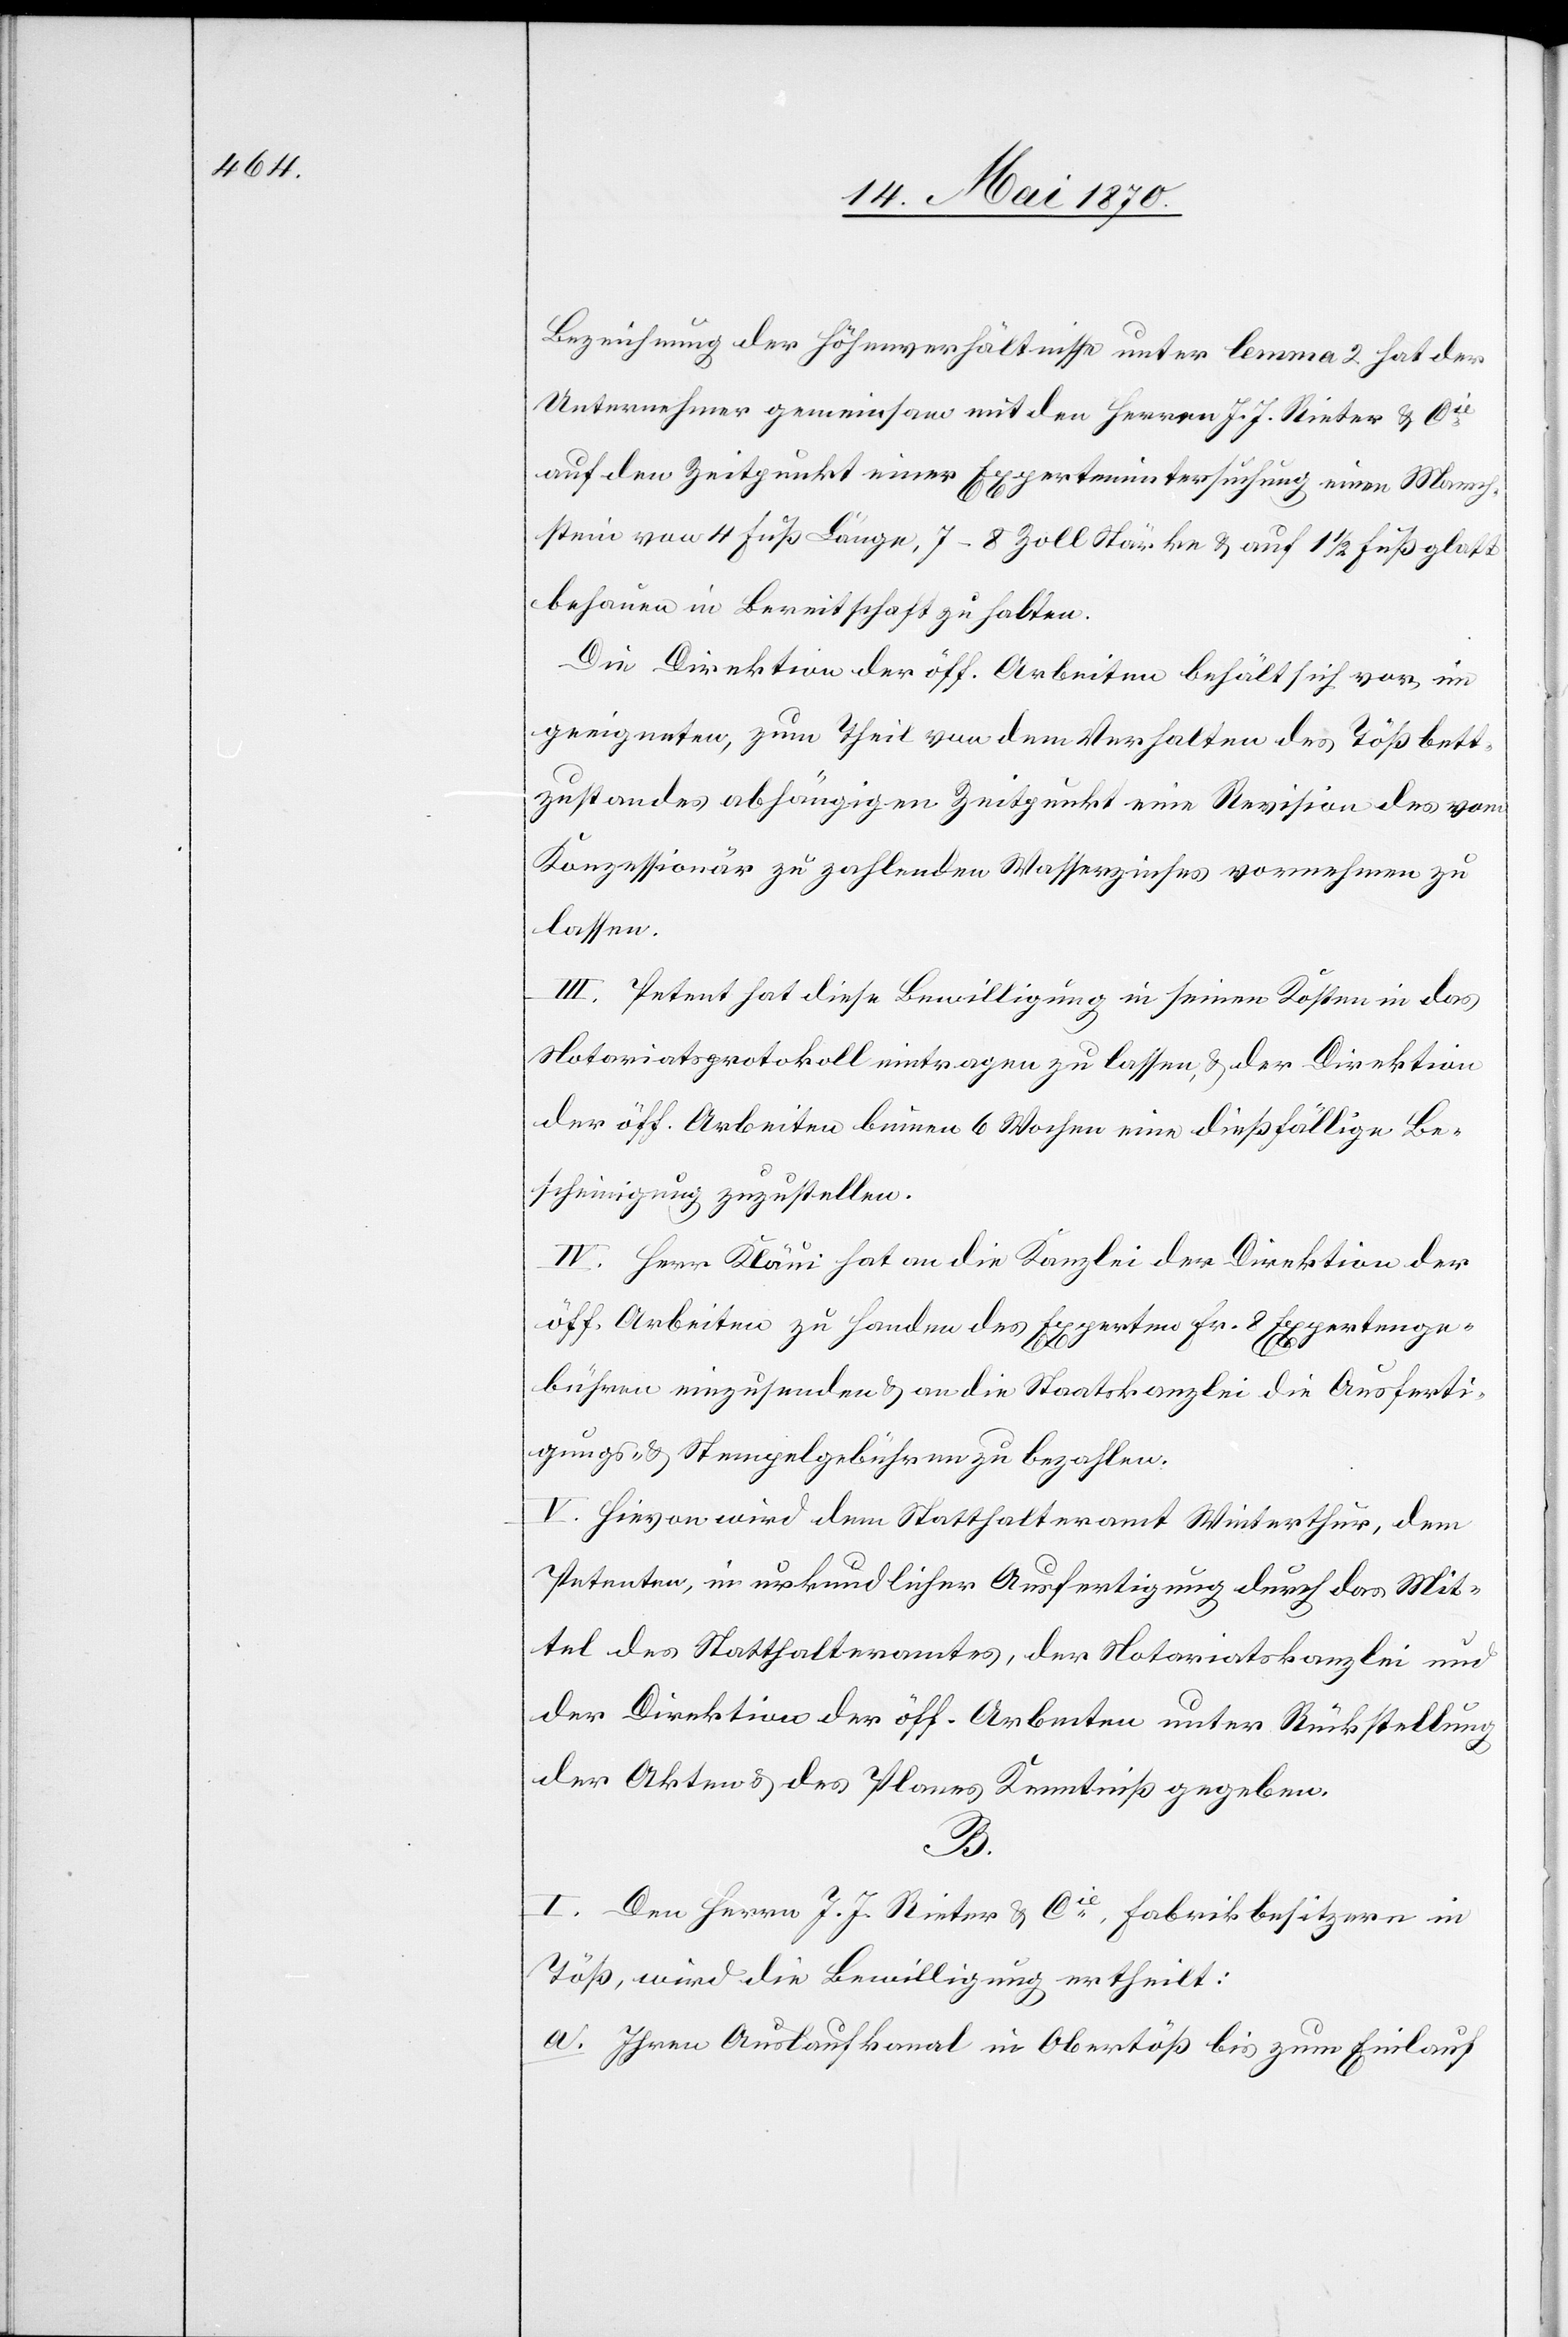
Bezeichnung der Höhenverhältnisse unter lemma 2 hat der
Unternehmer gemeinsam mit den Herren J. J. Rieter & Cie
auf den Zeitpunkt einer Expertenuntersuchung einen March¬
stein von 4 Fuß Länge, 7–8 Zoll Stärke & auf 1 1/2 Fuß glatt
behauen in Bereitschaft zu halten.
Die Direktion der öff. Arbeiten behält sich vor im
geeigneten, zum Theil von dem Verhalten des Tößbett¬
zustandes abhängigen Zeitpunkt eine Revision des vom
Konzessionär zu zahlenden Wasserzinses vornehmen zu
lassen.
III. Petent hat diese Bewilligung in seinen Kosten in das
Notariatsprotokoll eintragen zu lassen, & der Direktion
der öff. Arbeiten binnen 6 Wochen eine dießfällige Be¬
scheinigung zuzustellen.
IV. Herr Kläui hat an die Kanzlei der Direktion der
öff. Arbeiten zu Handen des Experten Fr. 8 Expertenge¬
bühren einzusenden & an die Staatskanzlei die Ausferti¬
gungs- & Stempelgebühren zu bezahlen.
V. Hievon wird dem Statthalteramt Winterthur, dem
Petenten, in urkundlicher Ausfertigung durch das Mit¬
tel des Statthalteramtes, der Notariatskanzlei und
der Direktion der öff. Arbeiten unter Rückstellung
der Akten & des Planes Kenntniß gegeben.
B.
I. Den Herren J. J. Rieter & Cie, Fabrikbesitzern in
Töß, wird die Bewilligung ertheilt:
a. Ihren Auslaufkanal in Obertöß bis zum Einlauf